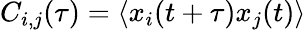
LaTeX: C_{i,j}(\tau)=\langle x_{i}(t+\tau)x_{j}(t)\rangle